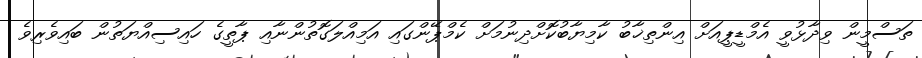
ތަސްމީން ވިދާޅުވީ އެމްޑީޕީއަށް އިންތިޚާބު ކާމިޔާބުކޮށްދިނުމަށް ކެމްޕޭންގައި އަމިއްލަގޮތުންނާއި ޕާތީގެ ހައިސިއްޔަތުން ބައިވެރިވެ